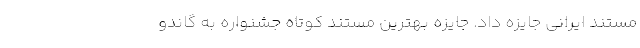
مستند ایرانی جایزه داد. جایزه بهترین مستند کوتاه جشنواره به گاندو